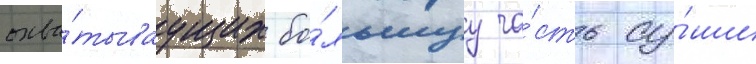
охва́тываущих бо́льшуу ча́сть су́ши